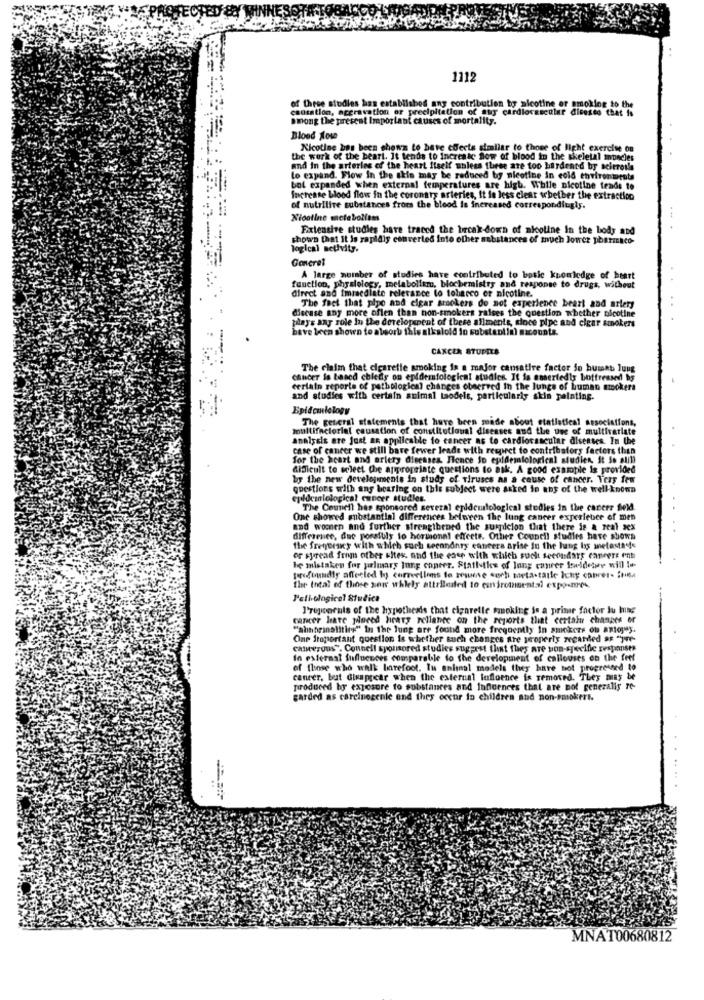
1112
of these studies has established any contribution by nicotine or smoking to the
causation, aggravation or precipitation of suy cardiovascular dicesso that is
among the present Important causes of mortality.
Blood How
Nicotine bos been shown to bare effects similar to thoer of light exercise on
the work of the beart. It tends to increase flow of blood in the skeletal muscles
and in the arterles of the heart Itself unless these are too hardened by scleroils
to expand. Flow In the skin may be reduced by nicotine in cold environments
bot expanded when external temperatures are high. While nicotine tends to
Increase blood flow in the coronary arteries, It le less clear whether the extraction
of nutritive substances from the blood is increased correspondingls.
Nicotine metebollems
Extensive studies have traced the break down of akoline In the body and
shown that it Is rapidly converted into other substances of much Joner pharmaco-
logical activity.
Concret
A large number of studies have contributed to batle knowledge of heart
function, physiology, metabolismo, blochemistry and response to drugs, without
direct and immediate relevance to tobacco er nicotine.
The fact that pipe and cigar srackers do not experience beart and artery
disease any more often than non-smokers raises the question whether nicotine
plays any role In the development of these aliments, since pipe and cigar smokers
bave been shown to absorb this alkaloid in substantial micounts.
-
CANCER STUDIES
The claim that cigarette smoking is a major cansatire factor Jo buikt lung
cancer is based chiediy on epidemiological studies. It is osseriedis bottressedl bs
certain reports of pathological changes observed in the lungs of human smokers
and studies with certain animal Laodels, particularly skin painting.
Epidemiology
Tions,
multifactorial causation of constitutional diseases and the use of multivariate
The general statements that have been made about
analysis are just as applicable to cancer as to cardiovascular diseases. In the
case of cancer we still bare fewer leads with respect to contribsfors factors than
for the heart and arlery dieesses. Hence So epidemiological studies, it So still
difficult to select the appropriate questions to ask. A good example is provided
by the new developments in study of viruses as a cause of cancer. Very few
questions with any bearing on this subject were asked in any of the well-known
eplocalological expoer studies.
The Counell has sponsored sever
logical studies in the canerr field.
One showed substantial differences between the lung cancer experience of men
and women and further strengthened the surdelon that there is a real sex
difference, due porstuly to hormonal effects. Other Coupell studies have shown
the fretyerany with which such secondary cancers arise in the lung bys metastas
or syread from other sites, and the case with which sucht secondary Caneere ent
be mistaken for primary Inng concer. Stailikes of Inng canrer foldedwe will lo
profoundly affected by correctlims to reuse och meta-tarle long cabret- irma
the Intal of those son whlely attrileded to esirotasental exponres.
Peti-ological Studica
I'rojoorais of the hypothesis that cigarelle fucking is a prime factor lu huse
cancer bare jaloved heavy reliance on the reports that certain changes er
"ahbrinalitirs" In the lung are found more frequently In smokers on antojay.
One Stoportant question is whether such changes are properly regarded as ")ve-
cancerous". Connell sponsored studies suggest that they are yon-specific responses
In external fufluences comparable to the development of c
at of callouses on the feet
of those who walk barefoot. Ius animal models they have not progressed to
cancer, but Gliappear when the external influence is removed. They may be
produced by exposure to substances and Influences that are not generalis ro-
garded as carcinogenie and they occur in children and non-smokers.
MNAT00680812